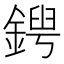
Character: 𨩤